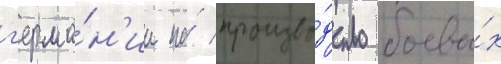
г'ерма́н'ии на́ произво́дство боевы́х